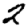
Digit: 2